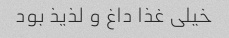
خیلی غذا داغ و لذیذ بود